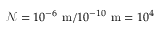
\mathcal { N } = 1 0 ^ { - 6 } ~ \mathrm { m } / 1 0 ^ { - 1 0 } ~ \mathrm { m } = 1 0 ^ { 4 }